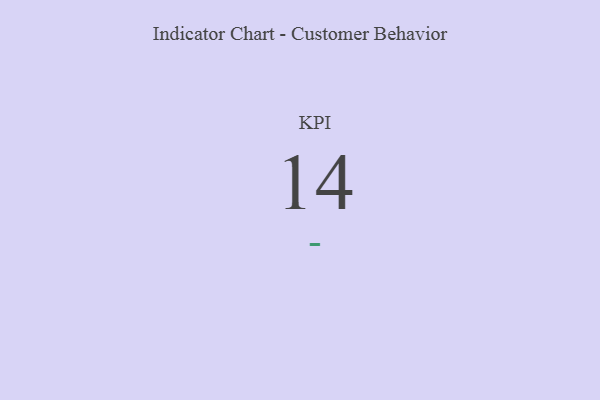
{"axis": {"x": "KPI", "y": "Value"}, "legend": [""], "data": [{"x": "KPI", "y": 14, "type": ""}]}